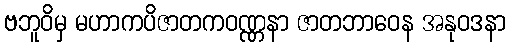
ဗဘူဝိမှ မဟာကပိဇာတကဝဏ္ဏနာ ဇာတဘာဝေန အနုဝဒနာ